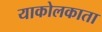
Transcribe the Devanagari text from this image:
याकोलकाता